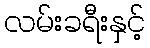
လမ်းခရီးနှင့်